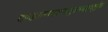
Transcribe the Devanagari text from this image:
दण्डकमण्डल्वक्षसुत्राभयाङ्कचतुर्भुजां